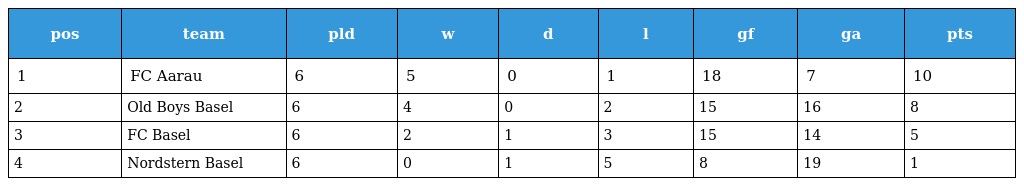
| pos | team | pld | w | d | l | gf | ga | pts |
 | --- | --- | --- | --- | --- | --- | --- | --- | --- |
 | 1 | FC Aarau | 6 | 5 | 0 | 1 | 18 | 7 | 10 |
 | 2 | Old Boys Basel | 6 | 4 | 0 | 2 | 15 | 16 | 8 |
 | 3 | FC Basel | 6 | 2 | 1 | 3 | 15 | 14 | 5 |
 | 4 | Nordstern Basel | 6 | 0 | 1 | 5 | 8 | 19 | 1 |